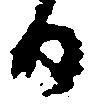
日